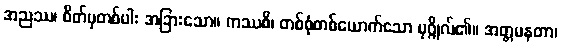
အညဿ၊ စိတ်မှတစ်ပါး အခြားသော။ ကဿစိ၊ တစ်စုံတစ်ယောက်သော ပုဂ္ဂိုလ်၏။ အတ္တမနတာ၊